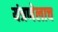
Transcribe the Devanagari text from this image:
यंत्रणेलाच